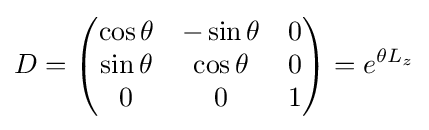
D={\begin{pmatrix}\cos \theta &-\sin \theta &0\\\sin \theta &\cos \theta &0\\0&0&1\end{pmatrix}}=e^{\theta L_{z}}